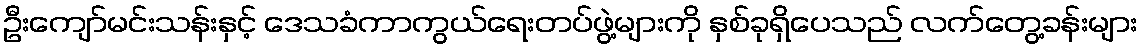
ဦးကျော်မင်းသန်းနှင့် ဒေသခံကာကွယ်ရေးတပ်ဖွဲ့များကို နှစ်ခုရှိပေသည် လက်တွေ့ခန်းများ